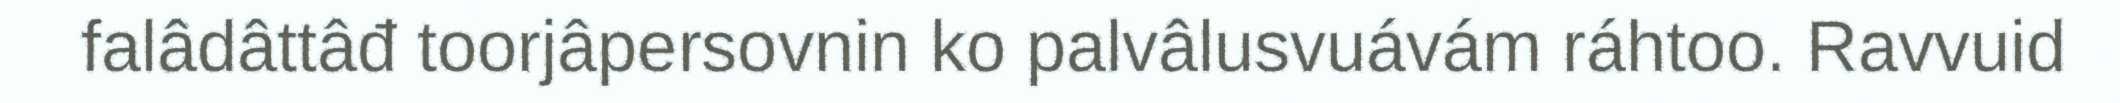
falâdâttâđ toorjâpersovnin ko palvâlusvuávám ráhtoo. Ravvuid